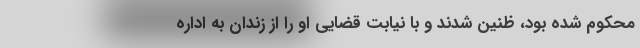
محکوم شده بود، ظنین شدند و با نیابت قضایی او را از زندان به اداره